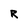
Character: R